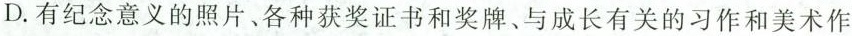
D.有纪念意义的照片、各种获奖证书和奖牌、与成长有关的习作和美术作